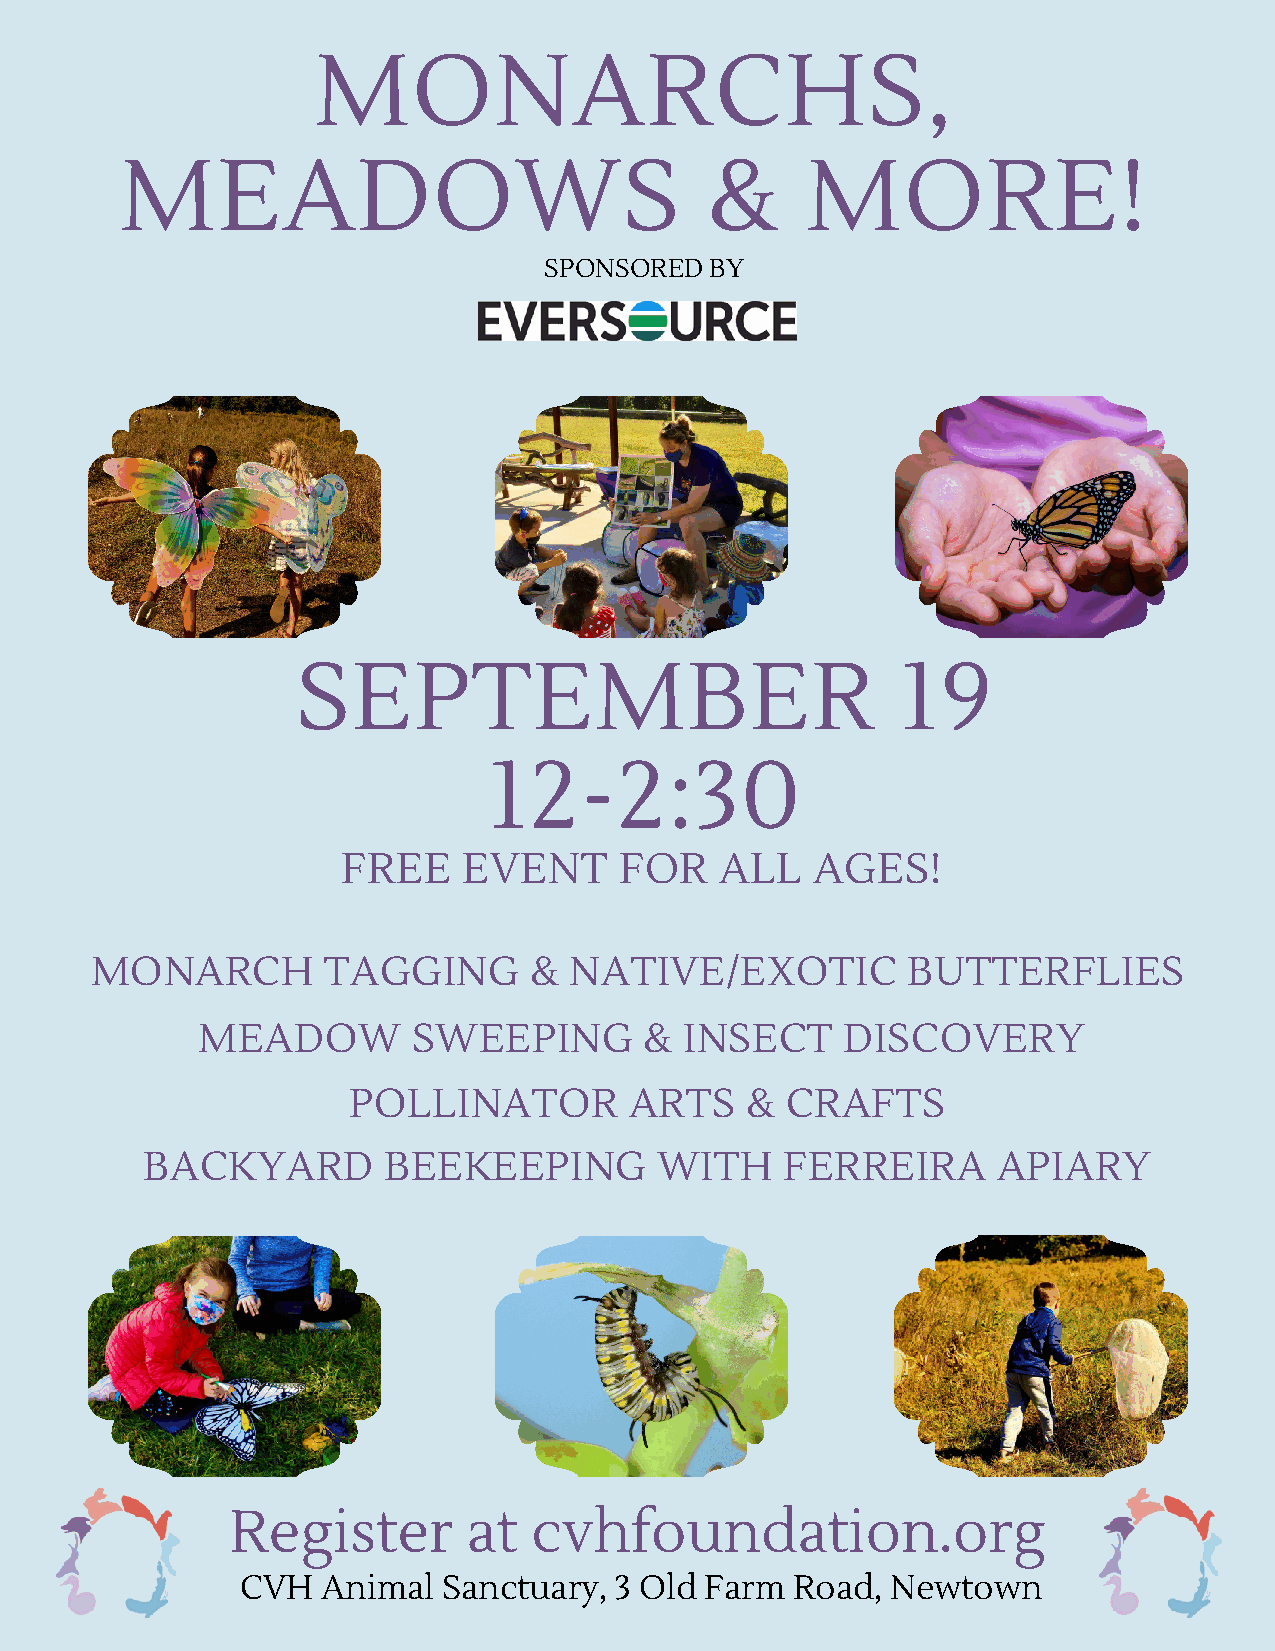
MONARCHS,
 MEADOWS                                &     MORE!
 SPONSORED  BY
 SEPTEMBER                               19
 12-2:30
 FREE    EVENT     FOR    ALL   AGES!
 MONARCH        TAGGING       &  NATIVE/EXOTIC         BUTTERFLIES
 MEADOW        SWEEPING        & INSECT     DISCOVERY
 POLLINATOR         ARTS   &  CRAFTS
 BACKYARD        BEEKEEPING        WITH     FERREIRA      APIARY
 Register        at  cvhfoundation.org
 CVH  Animal  Sanctuary,  3 Old Farm  Road, Newtown